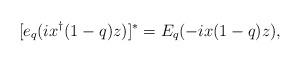
LaTeX: \begin{align*}[e_q(ix^\dagger(1-q)z)]^*=E_q(-ix(1-q)z),\end{align*}